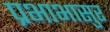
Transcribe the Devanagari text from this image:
प्रभाभासुर